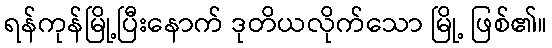
ရန်ကုန်မြို့ပြီးနောက် ဒုတိယလိုက်သော မြို့ ဖြစ်၏။